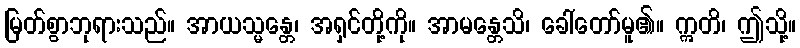
မြတ်စွာဘုရားသည်။ အာယသ္မန္တေ၊ အရှင်တို့ကို။ အာမန္တေသိ၊ ခေါ်တော်မူ၏။ ဣတိ၊ ဤသို့။